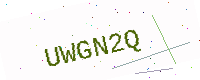
Text: UWGN2Q